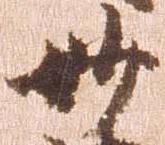
妙